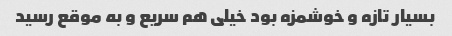
بسیار تازه و خوشمزه بود خیلی هم سریع و به موقع رسید